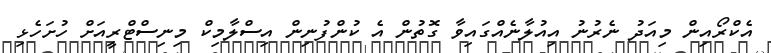
އެކްރޯއިން މިއަދު ނެރުނު އިއުލާނެއްގައިވާ ގޮތުން އެ ކުންފުނިން އިސްލާމިކް މިނިސްޓްރީއަށް ހުށަހެޅި